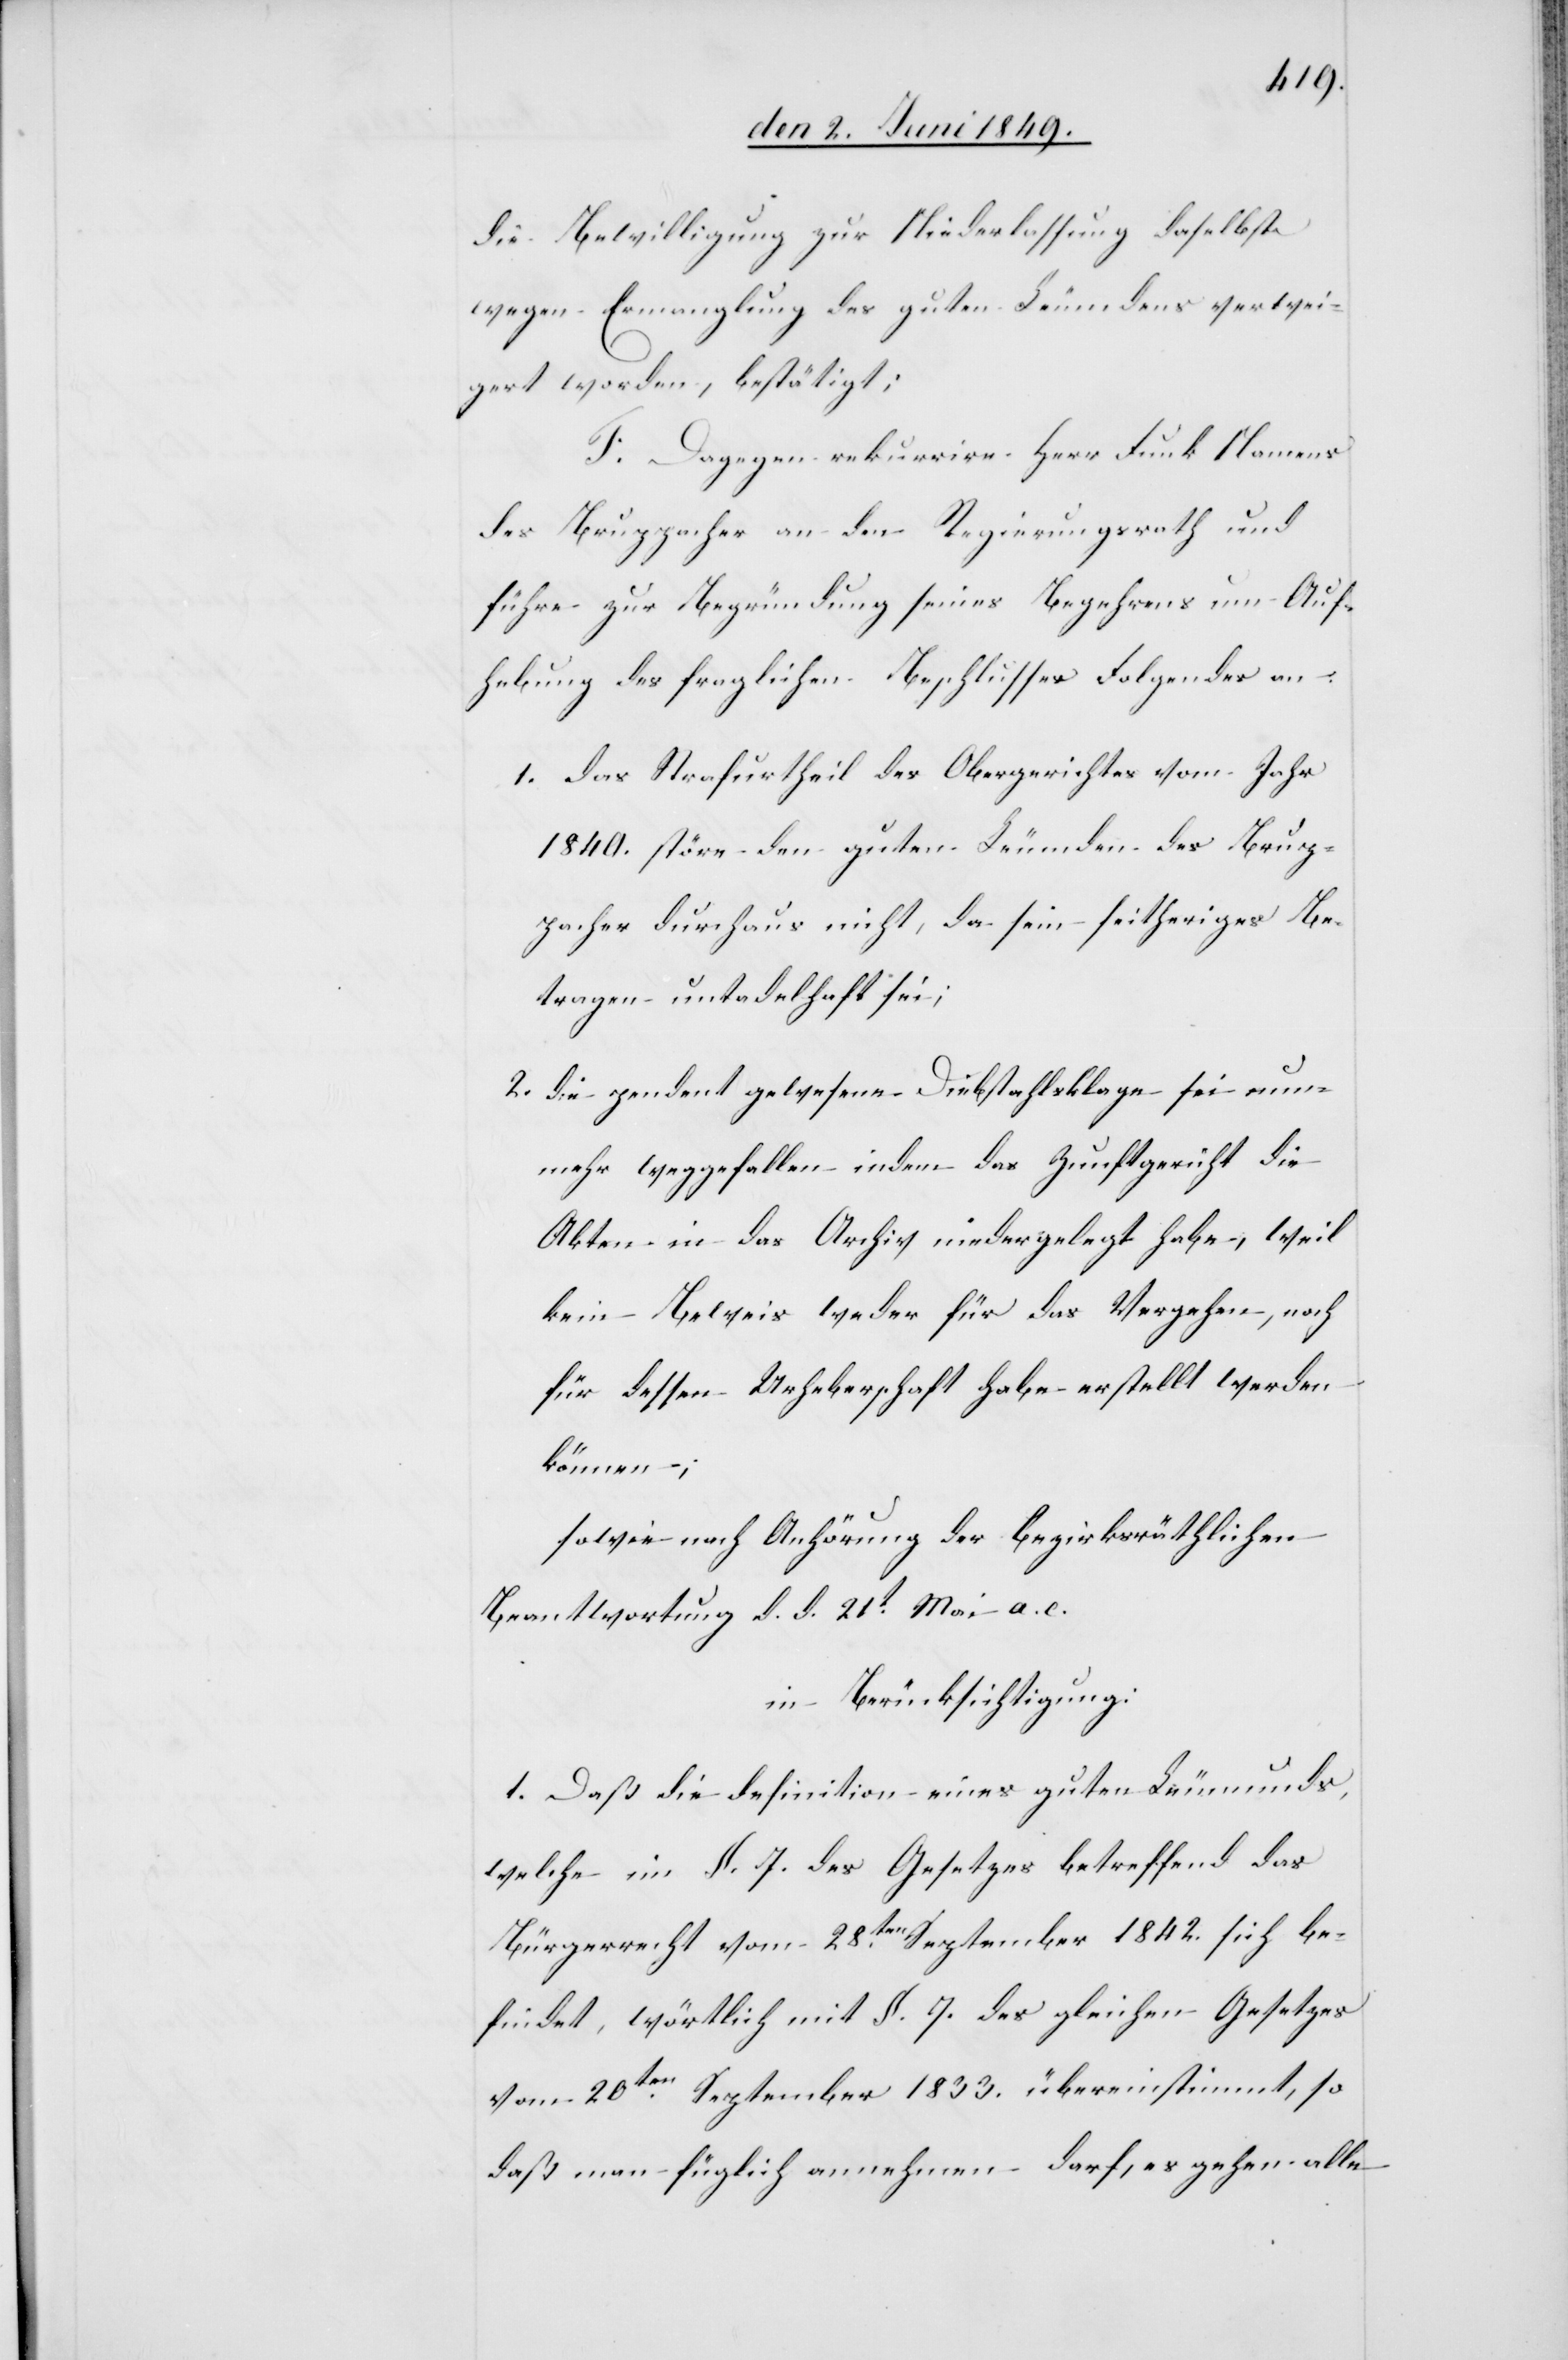
die Bewilligung zur Niederlassung daselbst
wegen Ermanglung des guten Leumdens verwei¬
gert worden, bestätigt;
F. Dagegen rekurrire Herr Funk Namens
des Bruppacher an den Regierungsrath und
führe zur Begründung seines Begehrens um Auf¬
hebung des fraglichen Beschlusses Folgendes an:
1. das Strafurtheil des Obergerichtes vom Jahr
1840. störe den guten Leumden des Brup¬
pacher durchaus nicht, da sein seitheriges Be¬
tragen untadelhaft sei;
2. die pendent gewesene Diebstahlsklage sei nun¬
mehr weggefallen indem das Zunftgericht die
Akten in das Archiv niedergelegt habe, weil
kein Beweis weder für das Vergehen, noch
für dessen Urheberschaft habe erstellt werden
können;
sowie nach Anhörung der bezirksräthlichen
Beantwortung d. d. 21t Mai a. c.
in Berücksichtigung:
1. Daß die Definition eines guten Leumunds,
welche im §. 7. des Gesetzes betreffend das
Bürgerrecht vom 28ten September 1842. sich be¬
findet, wörtlich mit §. 7. des gleichen Gesetzes
vom 20ten September 1833. übereinstimmt, so
daß man füglich annehmen darf, es gehen alle